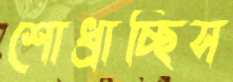
শোধ্‌রাচ্ছিস